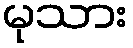
မုသား